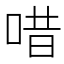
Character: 唶